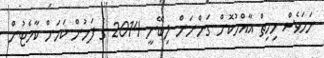
ނަމަވެސް މިހިތް އާއްމުކޮށް ގަންނަން ލިބޭނީ 2014 ގެ ފަހުން ކަމަށް ކާމެޓުން